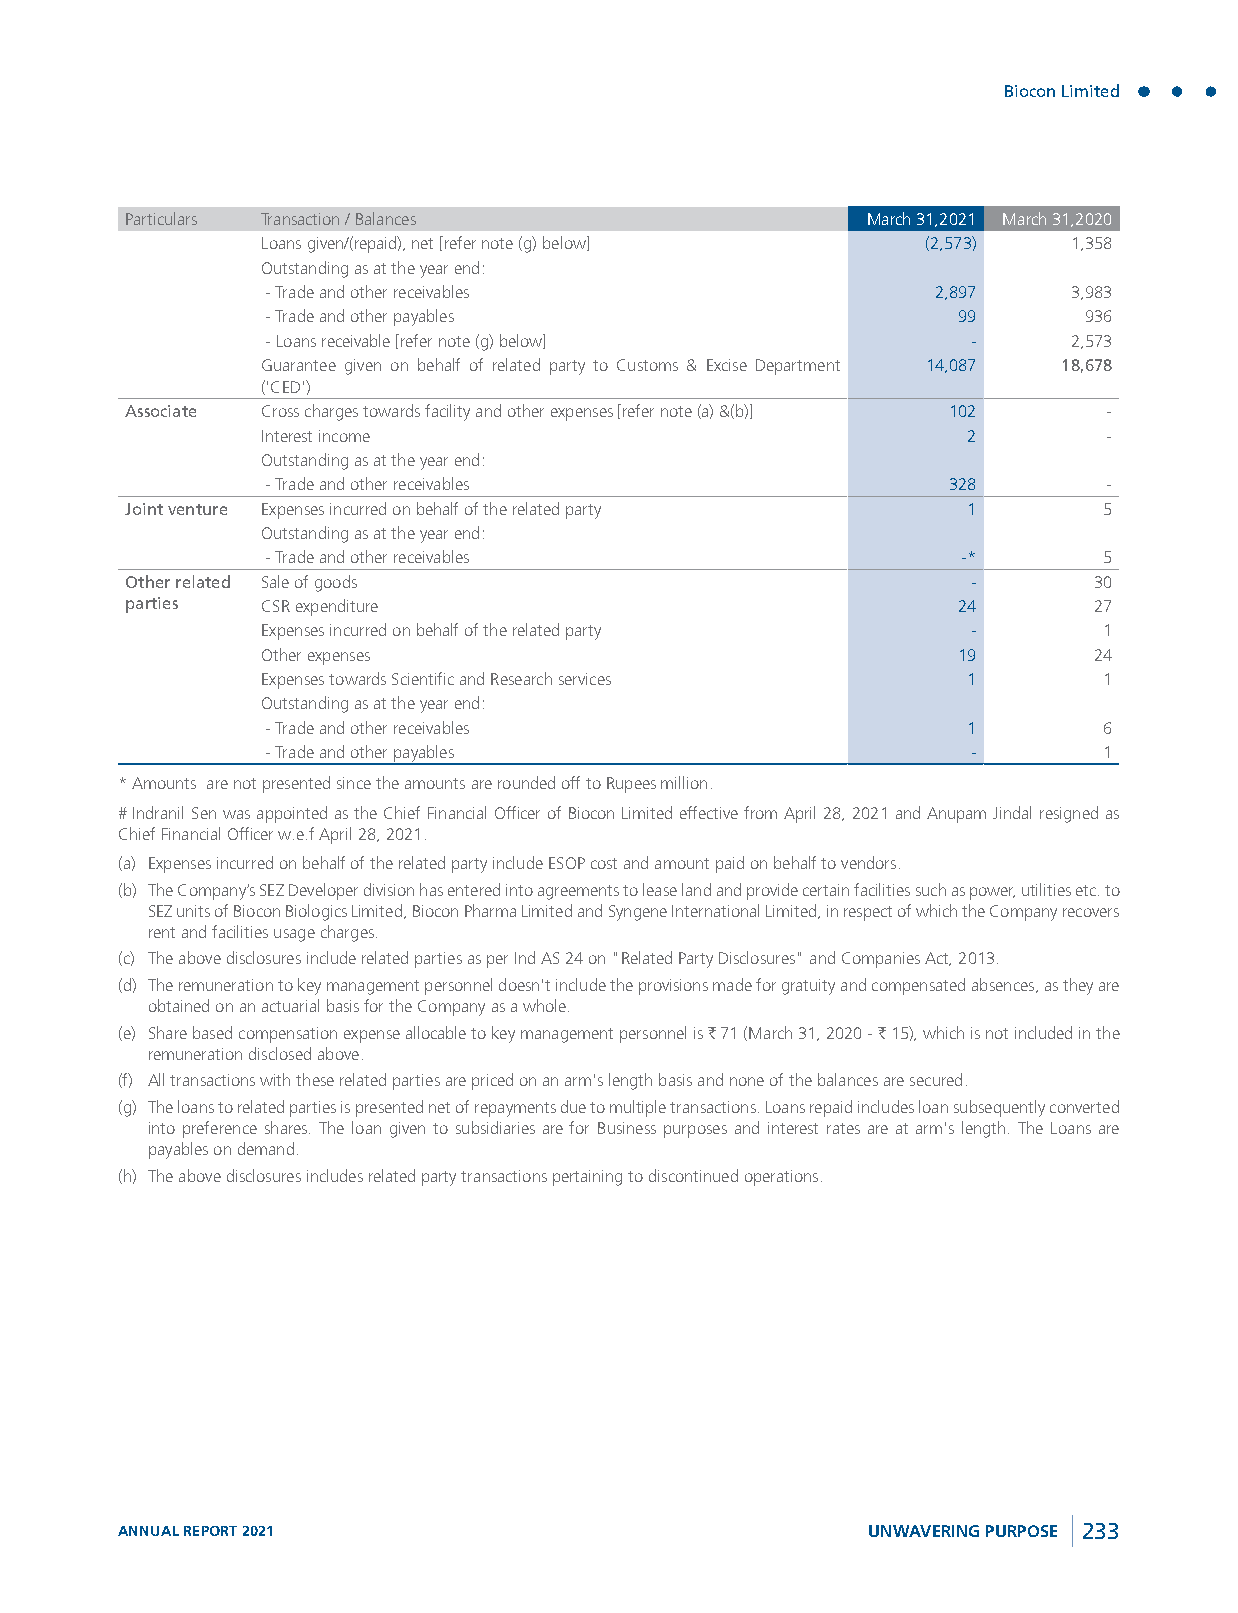
Biocon Limited
 Particulars Transaction / Balances               March 31,2021 March 31,2020
 Loans given/(repaid), net [refer note (g) below] (2,573) 1,358
 Outstanding as at the year end:
 - Trade and other receivables               2,897    3,983
 - Trade and other payables                   99       936
 - Loans receivable [refer note (g) below]     -      2,573
 Guarantee given on behalf of related party to Customs & Excise Department 14,087 18,678
 ('CED')
 Associate Cross charges towards facility and other expenses [refer note (a) &(b)] 102 -
 Interest income                                2        -
 Outstanding as at the year end:
 - Trade and other receivables                328       -
 Joint venture Expenses incurred on behalf of the related party 1 5
 Outstanding as at the year end:
 - Trade and other receivables                 -*       5
 Other related Sale of goods                             -       30
 parties  CSR expenditure                               24       27
 Expenses incurred on behalf of the related party -      1
 Other expenses                                19       24
 Expenses towards Scientific and Research services 1     1
 Outstanding as at the year end:
 - Trade and other receivables                 1        6
 - Trade and other payables                    -        1
 * Amounts are not presented since the amounts are rounded off to Rupees million.
 # Indranil Sen was appointed as the Chief Financial Officer of Biocon Limited effective from April 28, 2021 and Anupam Jindal resigned as
 Chief Financial Officer w.e.f April 28, 2021.
 (a) Expenses incurred on behalf of the related party include ESOP cost and amount paid on behalf to vendors.
 (b) The Company’s SEZ Developer division has entered into agreements to lease land and provide certain facilities such as power, utilities etc. to
 SEZ units of Biocon Biologics Limited, Biocon Pharma Limited and Syngene International Limited, in respect of which the Company recovers
 rent and facilities usage charges.
 (c) The above disclosures include related parties as per Ind AS 24 on "Related Party Disclosures" and Companies Act, 2013.
 (d) The remuneration to key management personnel doesn't include the provisions made for gratuity and compensated absences, as they are
 obtained on an actuarial basis for the Company as a whole.
 (e) Share based compensation expense allocable to key management personnel is ` 71 (March 31, 2020 - ` 15), which is not included in the
 remuneration disclosed above.
 (f) All transactions with these related parties are priced on an arm's length basis and none of the balances are secured.
 (g) The loans to related parties is presented net of repayments due to multiple transactions. Loans repaid includes loan subsequently converted
 into preference shares. The loan given to subsidiaries are for Business purposes and interest rates are at arm's length. The Loans are
 payables on demand.
 (h) The above disclosures includes related party transactions pertaining to discontinued operations.
 ANNUAL REPORT 2021                               UNWAVERING PURPOSE 233